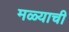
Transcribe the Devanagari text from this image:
मळ्याची